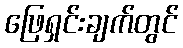
ဖြေရှင်းချက်တွင်